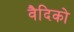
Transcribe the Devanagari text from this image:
वैदिको